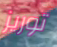
توريز